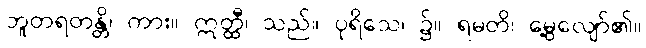
ဘူတရတန္တိ၊ ကား။ ဣတ္ထီ၊ သည်။ ပုရိသေ၊ ၌။ ရမတိ၊ မွေ့လျော်၏။